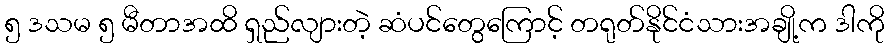
၅ ဒသမ ၅ မီတာအထိ ရှည်လျားတဲ့ ဆံပင်တွေကြောင့် တရုတ်နိုင်ငံသားအချို့က ဒါကို